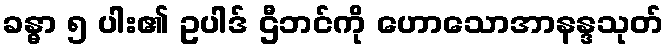
ခန္ဓာ ၅ ပါး၏ ဥပါဒ် ဌီဘင်ကို ဟောသောအာနန္ဒသုတ်